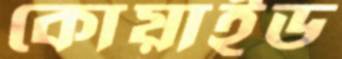
কোয়াইড